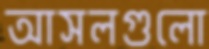
আসলগুলো